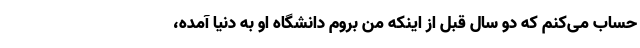
حساب می‌کنم که دو سال قبل از اینکه من بروم دانشگاه او به دنیا آمده،